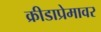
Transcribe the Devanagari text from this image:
क्रीडाप्रेमावर